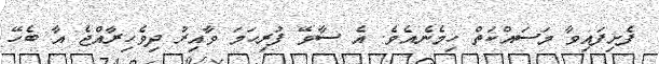
ފެށިފައިވާ މަސައްކަތް ހިމެނެއެވެ. އެ ސާވޭ ފުރިހަމަ ވާއިރު ދިވެހިރާއްޖެ އާ ބެހޭ